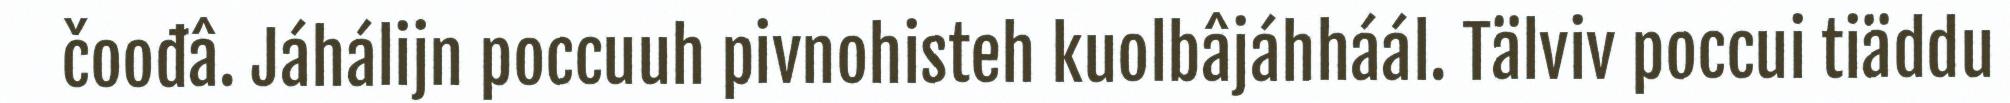
čoođâ. Jáhálijn poccuuh pivnohisteh kuolbâjáhháál. Tälviv poccui tiäddu